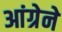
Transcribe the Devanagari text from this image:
आंग्रेने